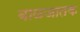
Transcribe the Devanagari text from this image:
बाळजातक